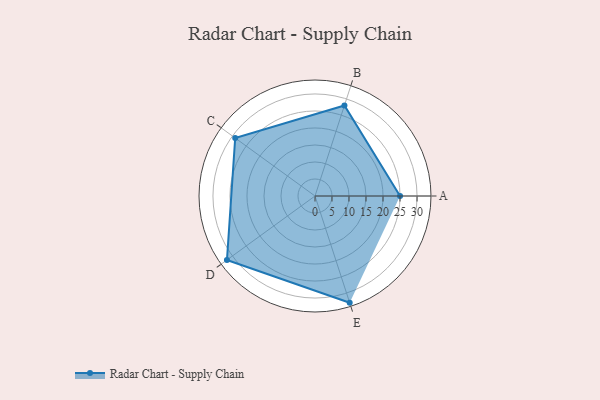
{"axis": {"x": "Skill", "y": "Score"}, "legend": ["Profile"], "data": [{"x": "A", "y": 25.0, "type": "Profile"}, {"x": "B", "y": 28.0, "type": "Profile"}, {"x": "C", "y": 29.0, "type": "Profile"}, {"x": "D", "y": 32.0, "type": "Profile"}, {"x": "E", "y": 33.0, "type": "Profile"}]}